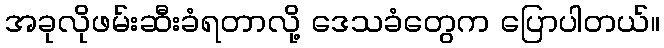
အခုလိုဖမ်းဆီးခံရတာလို့ ဒေသခံတွေက ပြောပါတယ်။